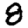
Digit: 8